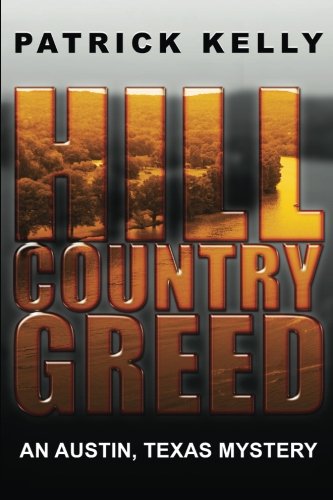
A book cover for Hill Country Greed: An Austin, Texas Mystery; Patrick Kelly; Mystery, Thriller & Suspense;